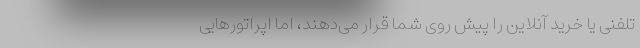
تلفنی یا خرید آنلاین را پیش روی شما قرار می‌دهند، اما اپراتورهایی